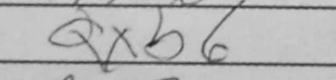
Transcription: Qxb6